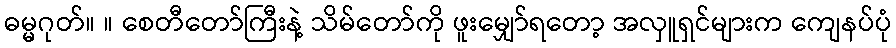
ဓမ္မဂုတ်။ ။ စေတီတော်ကြီးနဲ့ သိမ်တော်ကို ဖူးမျှော်ရတော့ အလှူရှင်များက ကျေနပ်ပုံ